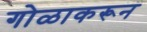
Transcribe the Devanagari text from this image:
गोळाकरून